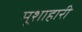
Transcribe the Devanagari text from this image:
मूशाहारी